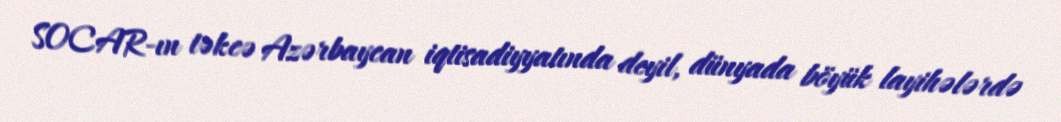
SOCAR-ın təkcə Azərbaycan iqtisadiyyatında deyil, dünyada böyük layihələrdə